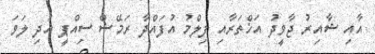
އާއި ޝާއިރު ޖާވީދު އަޚްތަރާއި ފިލްމު އުފައްދާ ރަމޭޝް ސިއްޕީ އަދި ލަވަ